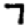
Digit: 7